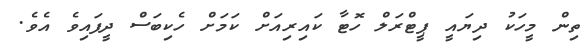
ތިން މީހަކު ދިޔައީ ޕީޓްރަލް ހޮޓާ ކައިރިއަށް ކަމަށް ހެކިބަސް ދީފައިވެ އެވެ.